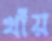
খাঁয়